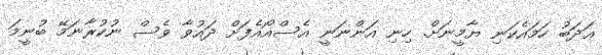
ޢަދަބު ހަމައެކަނި ޔާމީނަށް. ހިނި އަންނަނީ އެސްއޯއެފަށް ދައުވާ ވެސް ނުކުރާނަމޭ ބުނީމަ